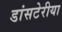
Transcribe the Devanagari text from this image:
डांसटेरीया